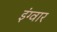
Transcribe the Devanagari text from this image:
इंग्वार